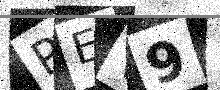
Text: PEV9